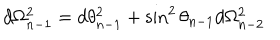
LaTeX: d \Omega _ { n - 1 } ^ { 2 } = d \theta _ { n - 1 } ^ { 2 } + \sin ^ { 2 } \theta _ { n - 1 } d \Omega _ { n - 2 } ^ { 2 }